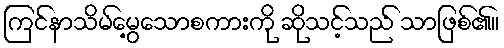
ကြင်နာသိမ်မွေ့သောစကားကို ဆိုသင့်သည် သာဖြစ်၏။